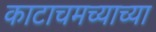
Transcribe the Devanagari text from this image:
काटाचमच्याच्या